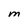
Character: M